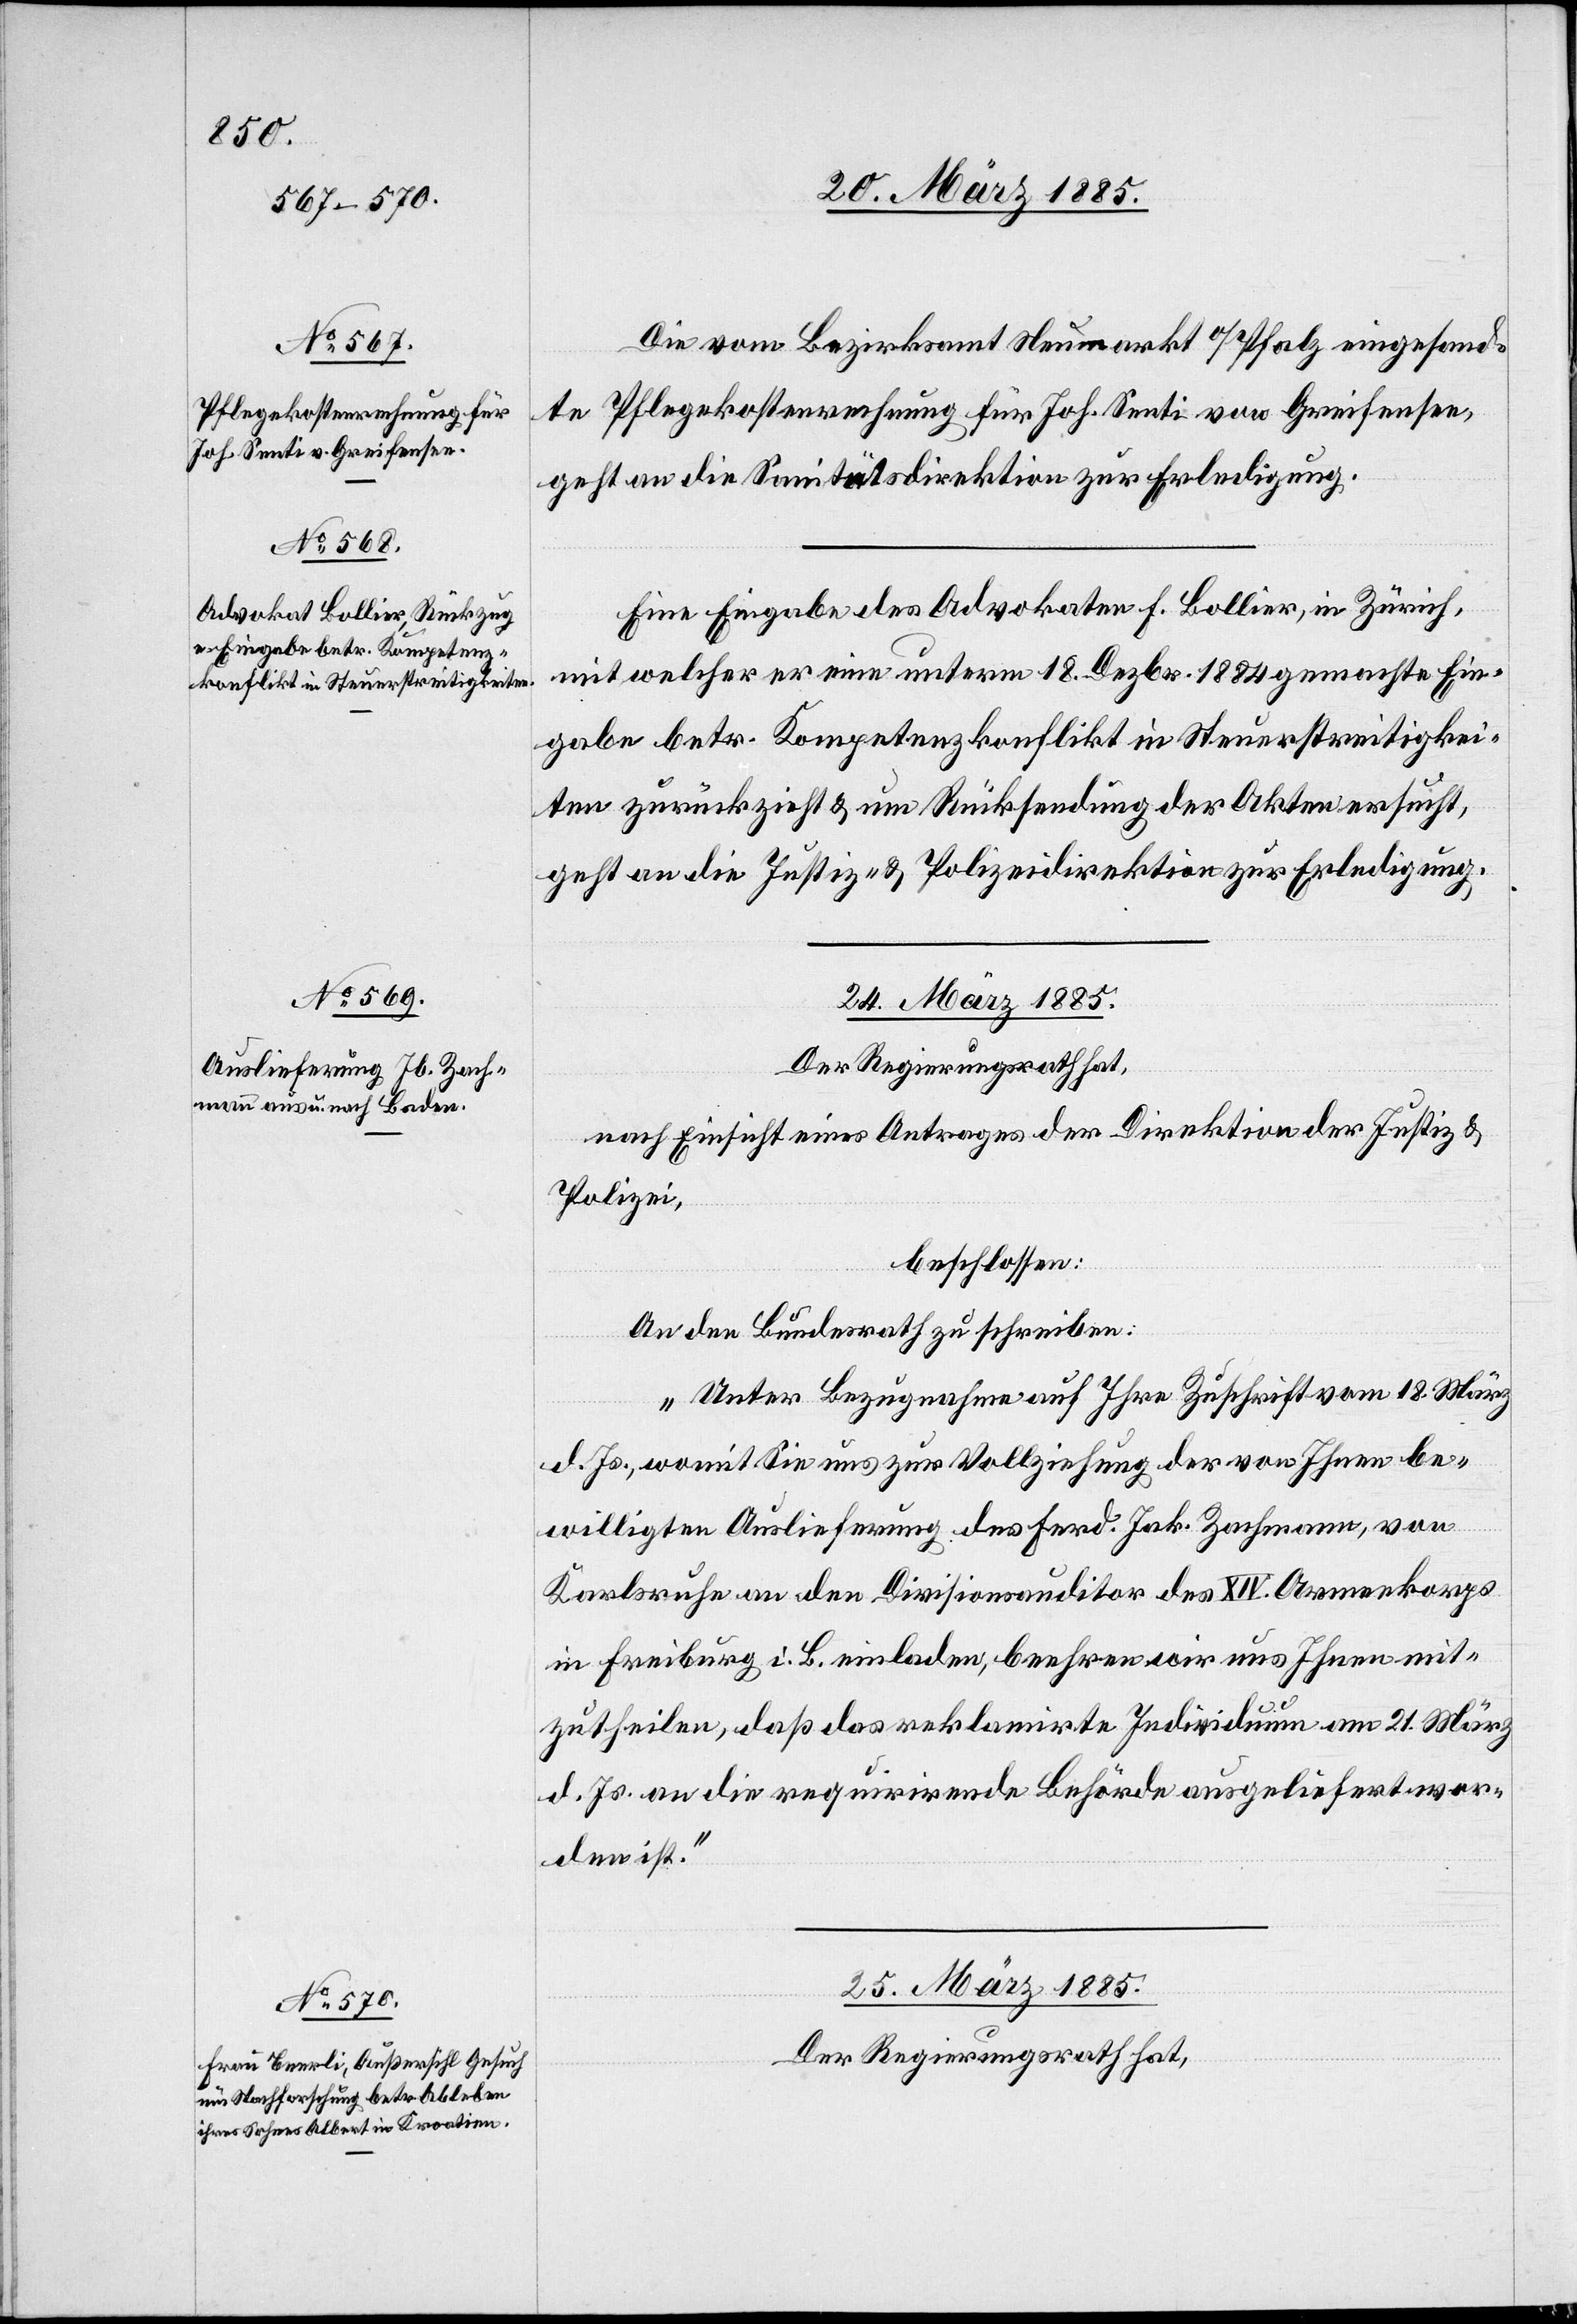
23. März 1885.]
Die vom Bezirksamt Neumarkt o/Pfalz eingesand¬
te Pflegekostenrechnung für Joh. Senti von Greifensee,
geht an die Sanitätsdirektion zur Erledigung.
Eine Eingabe des Advokaten F. Bollier, in Zürich,
mit welcher er eine unterm 18. Dezbr. 1884 gemachte Ein¬
gabe betr. Kompetenzkonflikt in Steuerstreitigkei¬
ten zurückzieht & um Rücksendung der Akten ersucht,
geht an die Justiz- & Polizeidirektion zur Erledigung.
24. März 1885.
Der Regierungsrath hat,
nach Einsicht eines Antrages der Direktion der Justiz &
Polizei,
beschlossen:
An den Bundesrath zu schreiben:
„Unter Bezugnahme auf Ihre Zuschrift vom 18. März
d. Js., womit Sie uns zur Vollziehung der von Ihnen be¬
willigten Auslieferung des Ferd. Jak. Zachmann, von
Karlsruhe an den Divisionsauditor des XIV. Armeekorps
in Freiburg i. B. einladen, beehren wir uns Ihnen mit¬
zutheilen, daß das reklamirte Individuum am 21. März
d. Js. an die requirirende Behörde ausgeliefert wor¬
den ist.“
25. März 1885.
Der Regierungsrath hat,